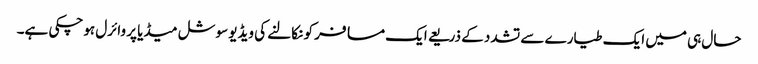
حال ہی میں ایک طیارے سے تشدد کے ذریعے ایک مسافر کو نکالنے کی ویڈیو سوشل میڈیا پر وائرل ہوچکی ہے۔